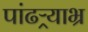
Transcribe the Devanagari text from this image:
पांढऱ्र्‍याभ्र